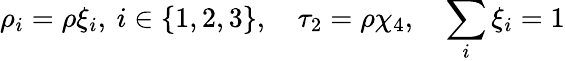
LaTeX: \rho_{i}=\rho\xi_{i},\: i\in\{ 1,2,3\} ,\quad\tau_{2}=\rho\chi_{4},\quad\sum_{i}\xi_{i}=1